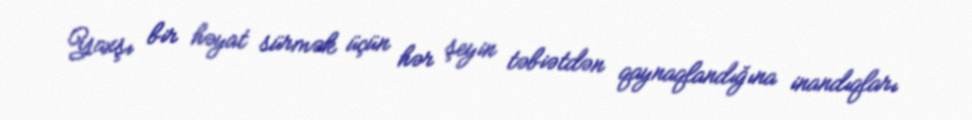
Yaxşı bir həyat sürmək üçün hər şeyin təbiətdən qaynaqlandığına inandıqları